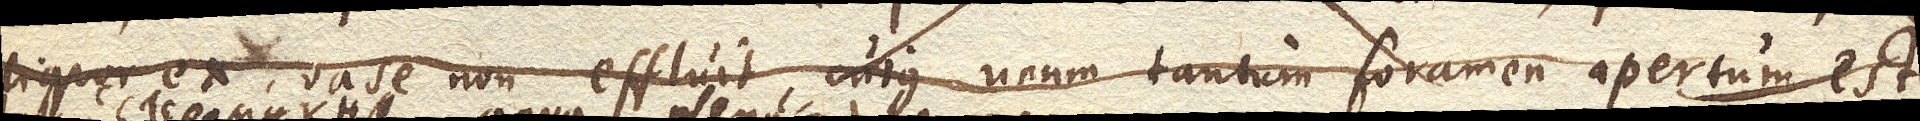
quod ex vase non effluit, cujus unum tantum foramen apertum est,